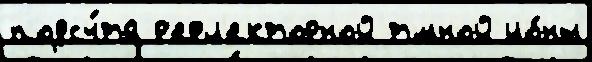
подсч́та р'ефл'екторной т'́мной ио́ны